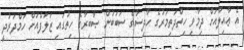
އެ ޢާއިލާއަށް ދިމާވި ހިތްދަތިމަރުގެ ހާދިސާގެ ސަބަބުން ޞާބިރާގެ ހިތުގައި ޒަލަފްއަށް ހަމްދަރުދީ